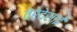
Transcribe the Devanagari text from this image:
तेरेदेसाई